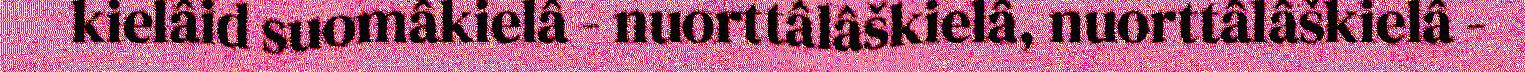
kielâid suomâkielâ - nuorttâlâškielâ, nuorttâlâškielâ -